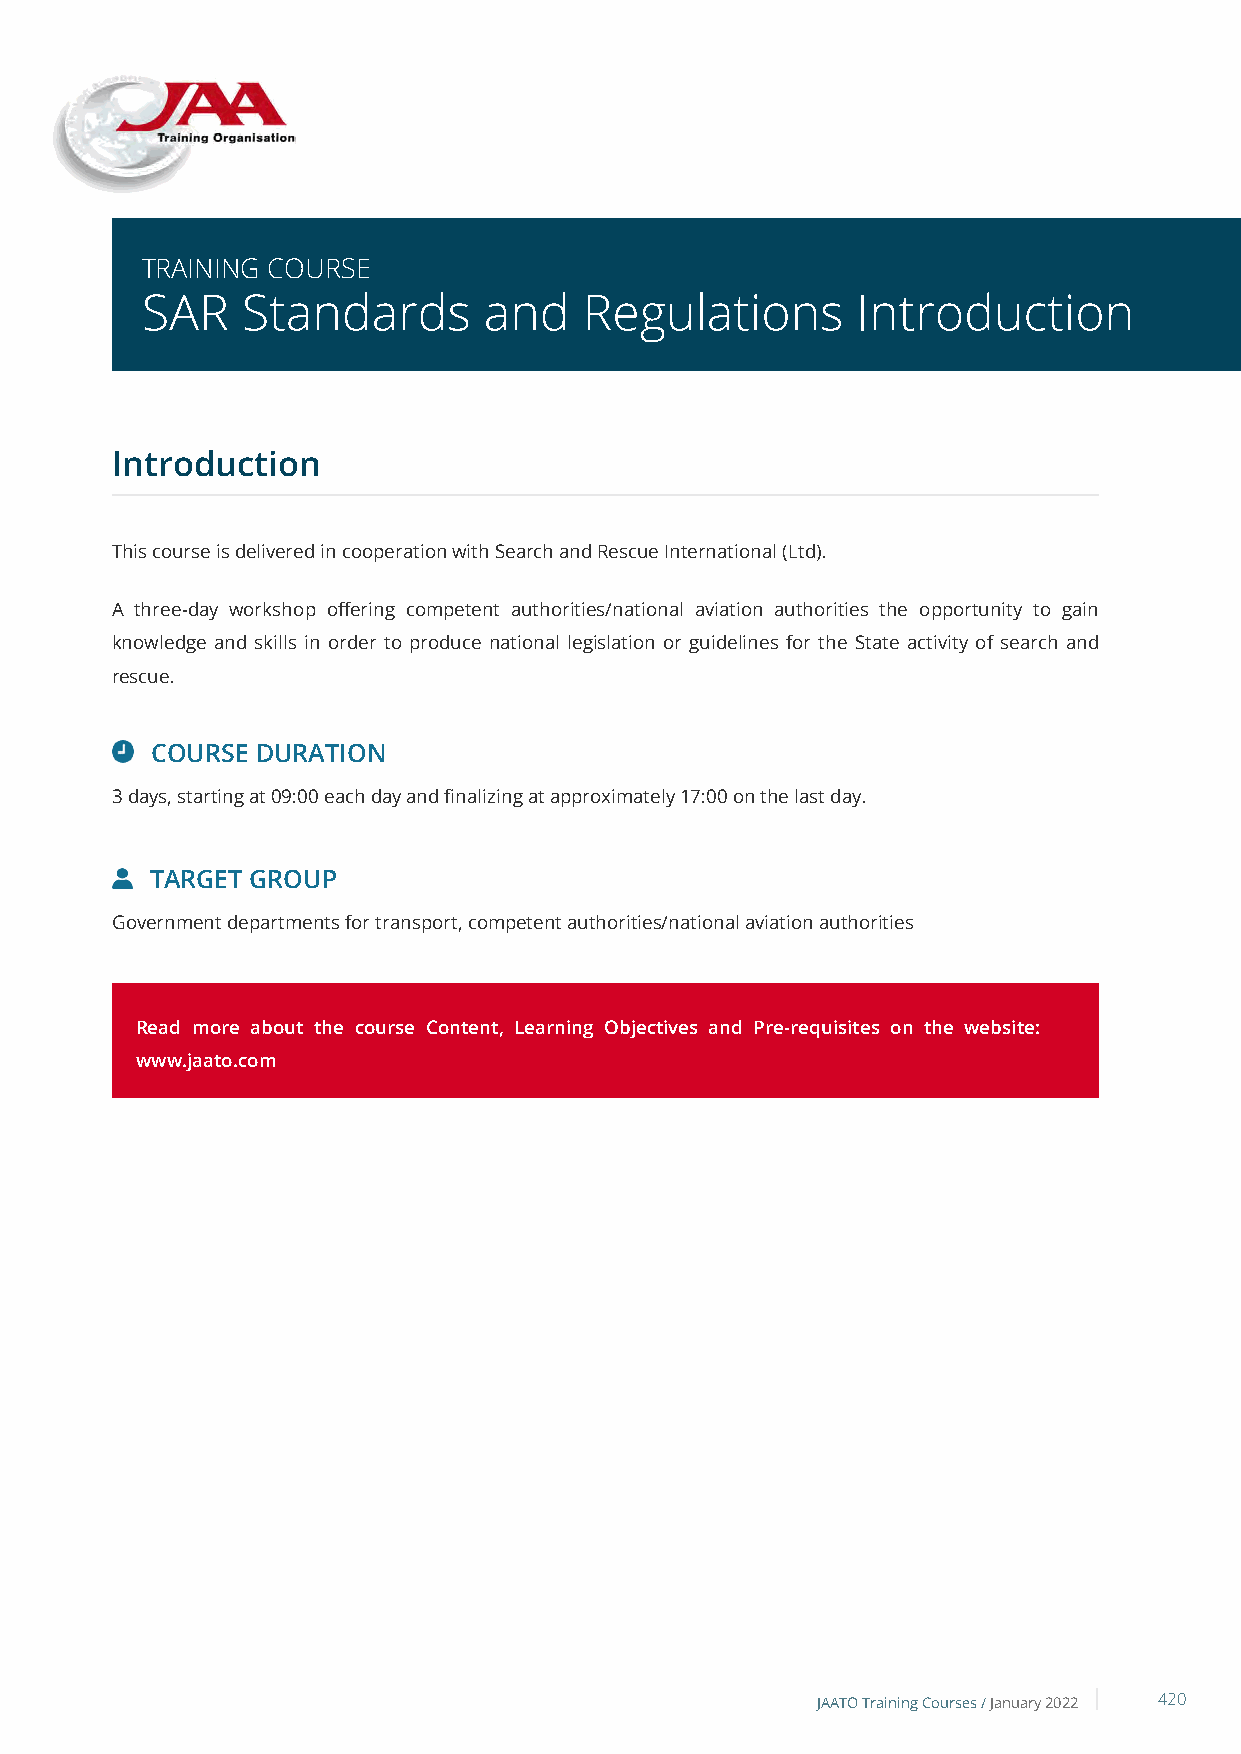
TRAINING COURSE
 SAR    Standards       and    Regulations       Introduction
 Introduction
 This course is delivered in cooperation with Search and Rescue International (Ltd).
 A three-day workshop offering competent authorities/national aviation authorities the opportunity to gain
 knowledge and skills in order to produce national legislation or guidelines for the State activity of search and
 rescue.
 COURSE DURATION
 3 days, starting at 09:00 each day and finalizing at approximately 17:00 on the last day.
 TARGET GROUP
 Government departments for transport, competent authorities/national aviation authorities
 Read more about the course Content, Learning Objectives and Pre-requisites on the website:
 www.jaato.com
 JAATO Training Courses /January 2022 420